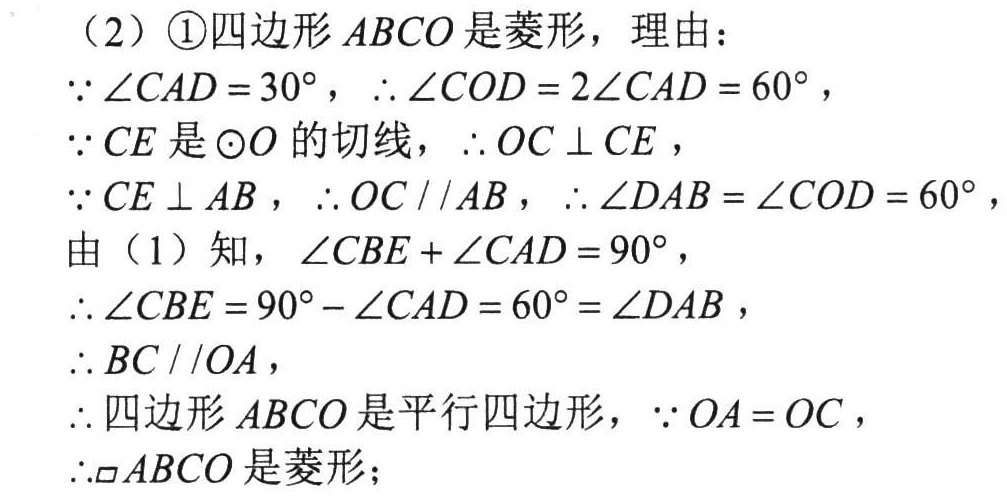
（2）\textcircled{1}四边形\(ABCO\)是菱形，理由：
\(\because\angle CAD = 30^{\circ}\)，\(\therefore\angle COD = 2\angle CAD = 60^{\circ}\)，
\(\because CE\)是\(\odot O\)的切线，\(\therefore OC\perp CE\)，
\(\because CE\perp AB\)，\(\therefore OC\parallel AB\)，\(\therefore\angle DAB=\angle COD = 60^{\circ}\)，
由（1）知，\(\angle CBE+\angle CAD = 90^{\circ}\)，
\(\therefore\angle CBE = 90^{\circ}-\angle CAD = 60^{\circ}=\angle DAB\)，
\(\therefore BC\parallel OA\)，
\(\therefore\)四边形\(ABCO\)是平行四边形，\(\because OA = OC\)，
\(\therefore\square ABCO\)是菱形；